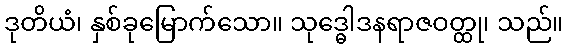
ဒုတိယံ၊ နှစ်ခုမြောက်သော။ သုဒ္ဓေါဒနရာဇဝတ္ထု၊ သည်။